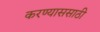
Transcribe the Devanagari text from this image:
करण्याससाठी